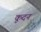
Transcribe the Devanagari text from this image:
कूदन